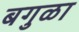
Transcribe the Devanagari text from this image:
बगुळा